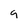
Character: 9